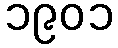
၁၉၀၁